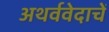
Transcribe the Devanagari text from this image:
अथर्ववेदाचें